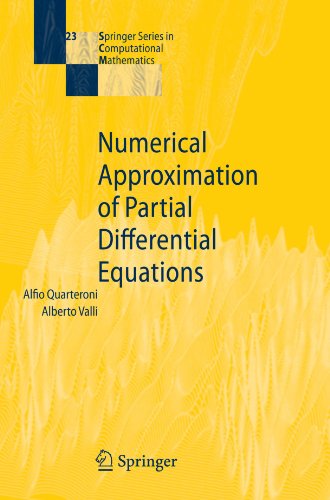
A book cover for Numerical Approximation of Partial Differential Equations (Springer Series in Computational Mathematics); Alfio Quarteroni; Science & Math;